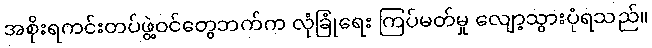
အစိုးရကင်းတပ်ဖွဲ့ဝင်တွေဘက်က လုံခြုံရေး ကြပ်မတ်မှု လျော့သွားပုံရသည်။